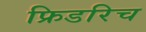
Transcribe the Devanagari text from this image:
फ्रिडरिच